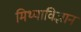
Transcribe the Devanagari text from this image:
मिथ्याविज्ञान